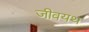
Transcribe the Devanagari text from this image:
जीवयथ